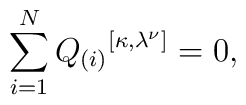
\sum_{i=1}^{N} {Q_{(i)}}^{[\kappa, \lambda^{\nu}]} = 0,